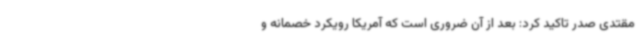
مقتدی صدر تاکید کرد: بعد از آن ضروری است که آمریکا رویکرد خصمانه و